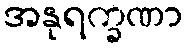
အနုရက္ခဏာ